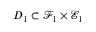
D _ { 1 } \subset \mathcal { F } _ { 1 } \times \mathcal { E } _ { 1 }